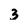
Character: 3